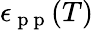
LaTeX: \epsilon_{\mathrm{~p~p~}}(T)